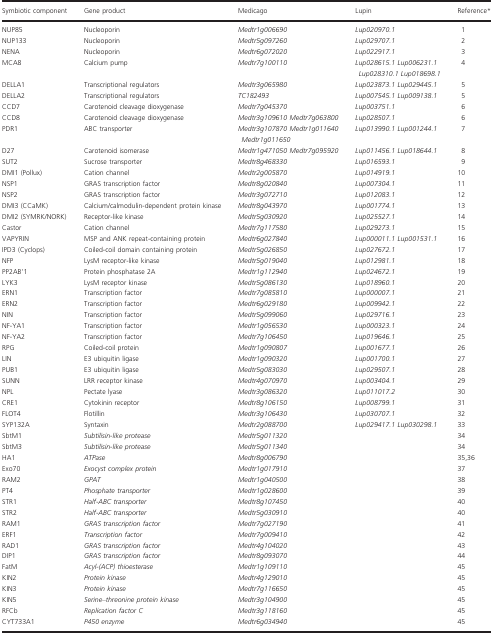
<table><thead><tr><td><b>Symbiotic component</b></td><td><b>Gene product</b></td><td><b>Medicago</b></td><td><b>Lupin</b></td><td><b>Referencea</b></td></tr></thead><tbody><tr><td>NUP85</td><td>Nucleoporin</td><td><i>Medtr1g006690</i></td><td><i>Lup020970.1</i></td><td>1</td></tr><tr><td>NUP133</td><td>Nucleoporin</td><td><i>Medtr5g097260</i></td><td><i>Lup029707.1</i></td><td>2</td></tr><tr><td>NENA</td><td>Nucleoporin</td><td><i>Medtr6g072020</i></td><td><i>Lup022917.1</i></td><td>3</td></tr><tr><td>MCA8</td><td>Calcium pump</td><td><i>Medtr7g100110</i></td><td><i>Lup028615.1 Lup006231.1 Lup028310.1 Lup018698.1</i></td><td>4</td></tr><tr><td>DELLA1</td><td>Transcriptional regulators</td><td><i>Medtr3g065980</i></td><td><i>Lup023873.1 Lup029445.1</i></td><td>5</td></tr><tr><td>DELLA2</td><td>Transcriptional regulators</td><td><i>TC182493</i></td><td><i>Lup007545.1 Lup009138.1</i></td><td>5</td></tr><tr><td>CCD7</td><td>Carotenoid cleavage dioxygenase</td><td><i>Medtr7g045370</i></td><td><i>Lup003751.1</i></td><td>6</td></tr><tr><td>CCD8</td><td>Carotenoid cleavage dioxygenase</td><td><i>Medtr3g109610 Medtr7g063800</i></td><td><i>Lup028507.1</i></td><td>6</td></tr><tr><td>PDR1</td><td>ABC transporter</td><td><i>Medtr3g107870 Medtr1g011640 Medtr1g011650</i></td><td><i>Lup013990.1 Lup001244.1</i></td><td>7</td></tr><tr><td>D27</td><td>Carotenoid isomerase</td><td><i>Medtr1g471050 Medtr7g095920</i></td><td><i>Lup011456.1 Lup018644.1</i></td><td>8</td></tr><tr><td>SUT2</td><td>Sucrose transporter</td><td><i>Medtr8g468330</i></td><td><i>Lup016593.1</i></td><td>9</td></tr><tr><td>DMI1 (Pollux)</td><td>Cation channel</td><td><i>Medtr2g005870</i></td><td><i>Lup014919.1</i></td><td>10</td></tr><tr><td>NSP1</td><td>GRAS transcription factor</td><td><i>Medtr8g020840</i></td><td><i>Lup007304.1</i></td><td>11</td></tr><tr><td>NSP2</td><td>GRAS transcription factor</td><td><i>Medtr3g072710</i></td><td><i>Lup012083.1</i></td><td>12</td></tr><tr><td>DMI3 (CCaMK)</td><td>Calcium/calmodulin‐dependent protein kinase</td><td><i>Medtr8g043970</i></td><td><i>Lup001774.1</i></td><td>13</td></tr><tr><td>DMI2 (SYMRK/NORK)</td><td>Receptor‐like kinase</td><td><i>Medtr5g030920</i></td><td><i>Lup025527.1</i></td><td>14</td></tr><tr><td>Castor</td><td>Cation channel</td><td><i>Medtr7g117580</i></td><td><i>Lup029273.1</i></td><td>15</td></tr><tr><td>VAPYRIN</td><td>MSP and ANK repeat‐containing protein</td><td><i>Medtr6g027840</i></td><td><i>Lup000011.1 Lup001531.1</i></td><td>16</td></tr><tr><td>IPD3 (Cyclops)</td><td>Coiled‐coil domain containing protein</td><td><i>Medtr5g026850</i></td><td><i>Lup027672.1</i></td><td>17</td></tr><tr><td>NFP</td><td>LysM receptor‐like kinase</td><td><i>Medtr5g019040</i></td><td><i>Lup012981.1</i></td><td>18</td></tr><tr><td>PP2AB&#x27;1</td><td>Protein phosphatase 2A</td><td><i>Medtr1g112940</i></td><td><i>Lup024672.1</i></td><td>19</td></tr><tr><td>LYK3</td><td>LysM receptor kinase</td><td><i>Medtr5g086130</i></td><td><i>Lup018960.1</i></td><td>20</td></tr><tr><td>ERN1</td><td>Transcription factor</td><td><i>Medtr7g085810</i></td><td><i>Lup000007.1</i></td><td>21</td></tr><tr><td>ERN2</td><td>Transcription factor</td><td><i>Medtr6g029180</i></td><td><i>Lup009942.1</i></td><td>22</td></tr><tr><td>NIN</td><td>Transcription factor</td><td><i>Medtr5g099060</i></td><td><i>Lup029716.1</i></td><td>23</td></tr><tr><td>NF‐YA1</td><td>Transcription factor</td><td><i>Medtr1g056530</i></td><td><i>Lup000323.1</i></td><td>24</td></tr><tr><td>NF‐YA2</td><td>Transcription factor</td><td><i>Medtr7g106450</i></td><td><i>Lup019646.1</i></td><td>25</td></tr><tr><td>RPG</td><td>Coiled‐coil protein</td><td><i>Medtr1g090807</i></td><td><i>Lup001677.1</i></td><td>26</td></tr><tr><td>LIN</td><td>E3 ubiquitin ligase</td><td><i>Medtr1g090320</i></td><td><i>Lup001700.1</i></td><td>27</td></tr><tr><td>PUB1</td><td>E3 ubiquitin ligase</td><td><i>Medtr5g083030</i></td><td><i>Lup029507.1</i></td><td>28</td></tr><tr><td>SUNN</td><td>LRR receptor kinase</td><td><i>Medtr4g070970</i></td><td><i>Lup003404.1</i></td><td>29</td></tr><tr><td>NPL</td><td>Pectate lyase</td><td><i>Medtr3g086320</i></td><td><i>Lup011017.2</i></td><td>30</td></tr><tr><td>CRE1</td><td>Cytokinin receptor</td><td><i>Medtr8g106150</i></td><td><i>Lup008799.1</i></td><td>31</td></tr><tr><td>FLOT4</td><td>Flotillin</td><td><i>Medtr3g106430</i></td><td><i>Lup030707.1</i></td><td>32</td></tr><tr><td>SYP132A</td><td>Syntaxin</td><td><i>Medtr2g088700</i></td><td><i>Lup029417.1 Lup030298.1</i></td><td>33</td></tr><tr><td>SbtM1</td><td><i>Subtilisin‐like protease</i></td><td><i>Medtr5g011320</i></td><td></td><td>34</td></tr><tr><td>SbtM3</td><td><i>Subtilisin‐like protease</i></td><td><i>Medtr5g011340</i></td><td></td><td>34</td></tr><tr><td>HA1</td><td><i>ATPase</i></td><td><i>Medtr8g006790</i></td><td></td><td>35,36</td></tr><tr><td>Exo70</td><td><i>Exocyst complex protein</i></td><td><i>Medtr1g017910</i></td><td></td><td>37</td></tr><tr><td>RAM2</td><td><i>GPAT</i></td><td><i>Medtr1g040500</i></td><td></td><td>38</td></tr><tr><td>PT4</td><td><i>Phosphate transporter</i></td><td><i>Medtr1g028600</i></td><td></td><td>39</td></tr><tr><td>STR1</td><td><i>Half‐ABC transporter</i></td><td><i>Medtr8g107450</i></td><td></td><td>40</td></tr><tr><td>STR2</td><td><i>Half‐ABC transporter</i></td><td><i>Medtr5g030910</i></td><td></td><td>40</td></tr><tr><td>RAM1</td><td><i>GRAS transcription factor</i></td><td><i>Medtr7g027190</i></td><td></td><td>41</td></tr><tr><td>ERF1</td><td><i>Transcription factor</i></td><td><i>Medtr7g009410</i></td><td></td><td>42</td></tr><tr><td>RAD1</td><td><i>GRAS transcription factor</i></td><td><i>Medtr4g104020</i></td><td></td><td>43</td></tr><tr><td>DIP1</td><td><i>GRAS transcription factor</i></td><td><i>Medtr8g093070</i></td><td></td><td>44</td></tr><tr><td>FatM</td><td><i>Acyl‐(ACP) thioesterase</i></td><td><i>Medtr1g109110</i></td><td></td><td>45</td></tr><tr><td>KIN2</td><td><i>Protein kinase</i></td><td><i>Medtr4g129010</i></td><td></td><td>45</td></tr><tr><td>KIN3</td><td><i>Protein kinase</i></td><td><i>Medtr7g116650</i></td><td></td><td>45</td></tr><tr><td>KIN5</td><td><i>Serine–threonine protein kinase</i></td><td><i>Medtr3g104900</i></td><td></td><td>45</td></tr><tr><td>RFCb</td><td><i>Replication factor C</i></td><td><i>Medtr3g118160</i></td><td></td><td>45</td></tr><tr><td>CYT733A1</td><td><i>P450 enzyme</i></td><td><i>Medtr6g034940</i></td><td></td><td>45</td></tr></tbody></table>